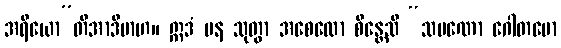
အရိယော”တိအာဒိမာဟ။ ဣဒံ ပန သုတွာ အစေလော စိန္တေသိ “သမဏော ဂေါတမော